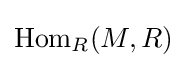
\operatorname {Hom} _{R}(M,R)